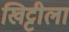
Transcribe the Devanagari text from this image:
खिट्टीला